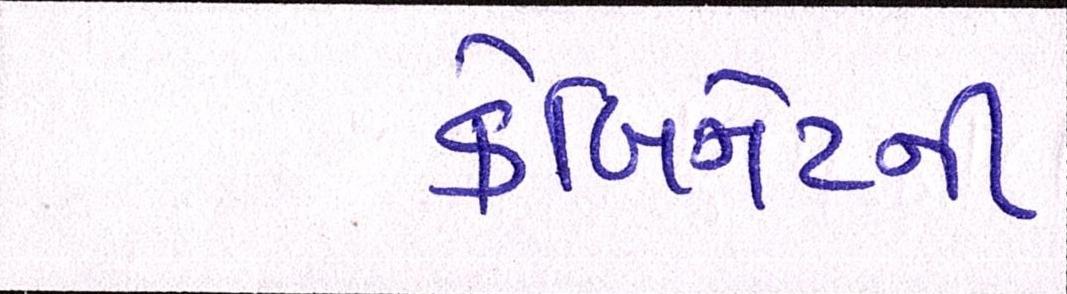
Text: કેબિનેટની